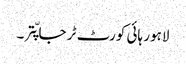
لاہور ہائی کورٹ ٹر جا پّتر ۔